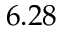
6 . 2 8